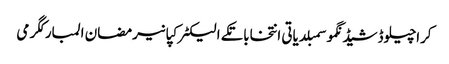
کراچیلوڈشیڈنگموسمبلدیاتی انتخاباتکے الیکٹرکپانیرمضان المبارکگرمی